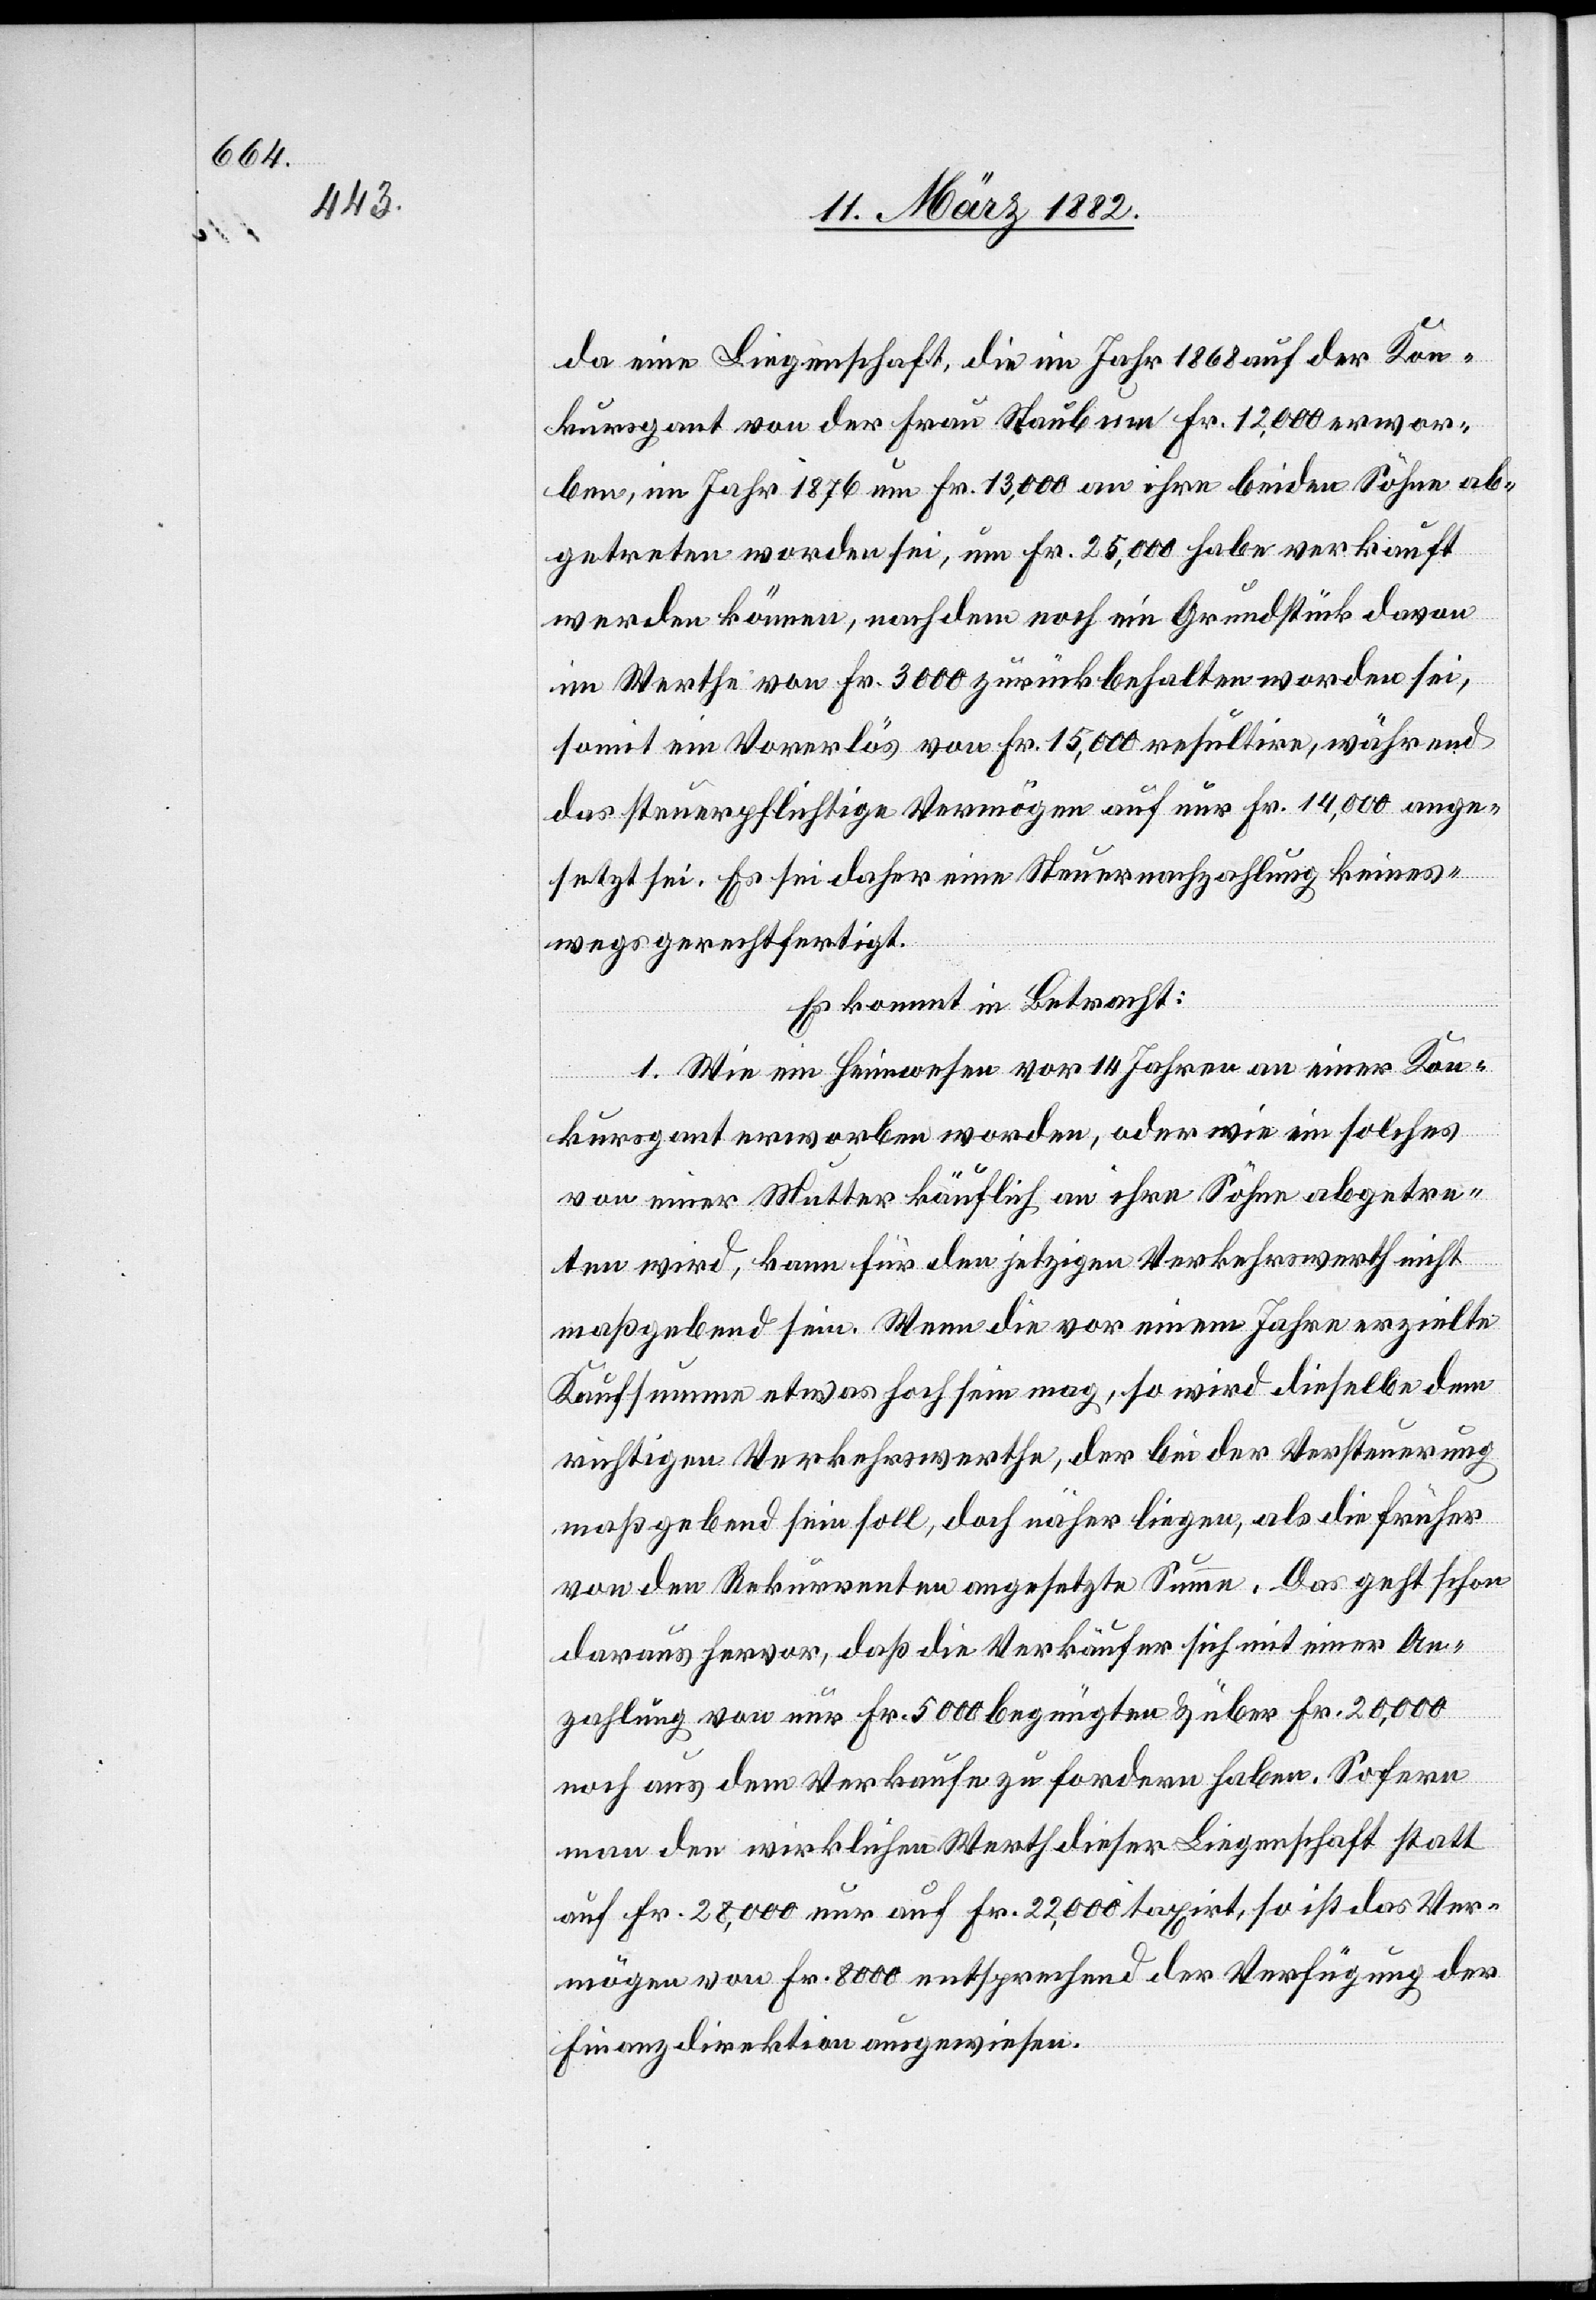
da eine Liegenschaft, die im Jahr 1868 auf der Kon¬
kursgant von der Frau Staub um Fr. 12,000 erwor¬
ben, im Jahr 1876 um Fr. 13,000 an ihre beiden Söhne ab¬
getreten worden sei, um Fr. 25,000 habe verkauft
werden können, nachdem noch ein Grundstück davon
im Werthe von Fr. 3000 zurückbehalten worden sei,
somit ein Vorerlös von Fr. 15,000 resultire, während
das steuerpflichtige Vermögen auf nur Fr. 14,000 ange¬
setzt sei. Es sei daher eine Steuernachzahlung keines¬
wegs gerechtfertigt.
Es kommt in Betracht:
1. Wie ein Heimwesen vor 14. Jahren an einer Kon¬
kursgant erworben worden, oder wie solches
von einer Mutter käuflich an ihre Söhne abgetre¬
ten wird, kann für den jetzigen Verkaufswerth nicht
maßgebend sein. Wenn die vor einem Jahre erzielte
Kaufsumme etwas hoch sein mag, so wird dieselbe dem
richtigen Verkehrswerthe, der bei der Versteuerung
maßgebend sein soll, doch näher liegen, als die früher
von den Rekurrenten angesetzte Summe. Das geht schon
daraus hervor, daß die Verkäufer sich mit einer An¬
zahlung von nur Fr. 500 begnügten & über Fr. 20,000
noch aus dem Verkaufe zu fordern haben. Sofern
man den wirklichen Werth dieser Liegenschaft statt
auf Fr. 28,000 nur auf Fr. 22,000 taxirt, so ist das Ver¬
mögen von Fr. 8000 entsprechend der Verfügung der
Finanzdirektion ausgewiesen.